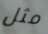
مثل